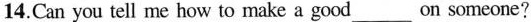
14.Can you tell me how to make a good ___ on someone?